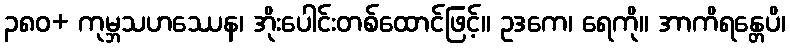
၃၈၀+ ကုမ္ဘသဟဿေန၊ အိုးပေါင်းတစ်ထောင်ဖြင့်။ ဥဒကေ၊ ရေကို။ အာကိရန္တေပိ၊